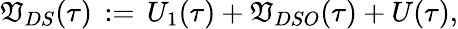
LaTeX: \mathfrak{V}_{DS}(\tau)\, :=\, U_{1}(\tau)+{\mathfrak{V}}_{DSO}(\tau)+U(\tau),